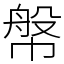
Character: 幋